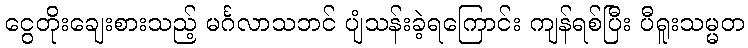
ငွေတိုးချေးစားသည့် မင်္ဂလာသဘင် ပျံသန်းခဲ့ရကြောင်း ကျန်ရစ်ပြီး ပီရူးသမ္မတ